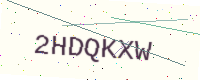
Text: 2HDQKXW